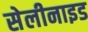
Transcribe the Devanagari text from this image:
सेलीनाइड